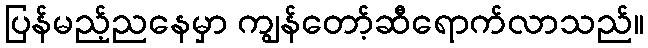
ပြန်မည့်ညနေမှာ ကျွန်တော့်ဆီရောက်လာသည်။